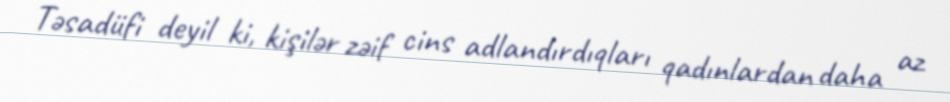
Təsadüfi deyil ki, kişilər zəif cins adlandırdıqları qadınlardan daha az